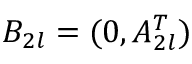
B _ { 2 l } = ( 0 , A _ { 2 l } ^ { T } )